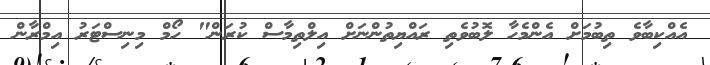
އެއްކިބާވެ ތިބުމަށް އެންމެހާ ލޮބުވެތި ރައްޔިތުންނަށް އިލްތިމާސް ކުރަން" ހޯމް މިނިސްޓަރު އިމްރާން